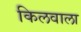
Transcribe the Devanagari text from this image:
किलवाला